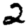
Digit: 2